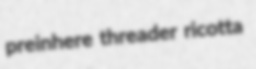
preinhere threader ricotta